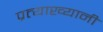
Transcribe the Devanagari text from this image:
प्रत्याख्यानी